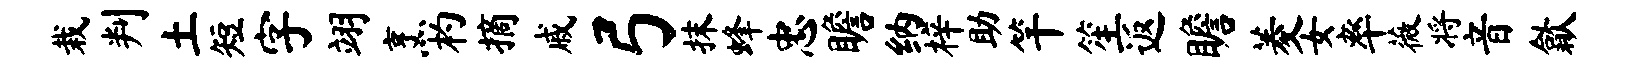
栽判土短字翊烹杓摘戚弓抹蜂忠瞻纳梓助竿笙返瞻菱女率薇将音歙